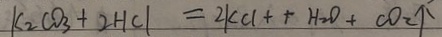
K _ { 2 } C O _ { 3 } + 2 H C l = 2 K C l + + H _ { 2 } O + C O _ { 2 } \uparrow